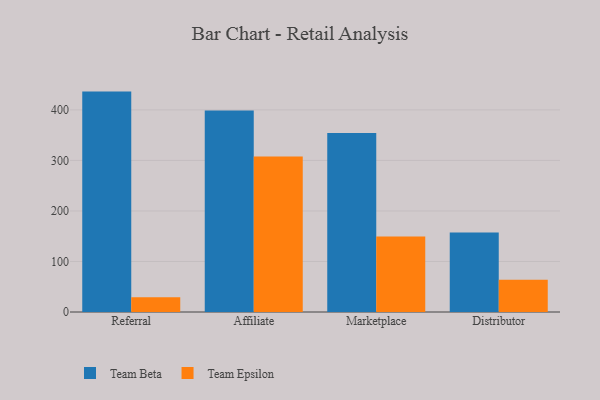
{"axis": {"x": "Channel", "y": "LTV (USD)"}, "legend": ["Team Beta", "Team Epsilon"], "data": [{"x": "Referral", "y": 436.2, "type": "Team Beta"}, {"x": "Referral", "y": 29.0, "type": "Team Epsilon"}, {"x": "Affiliate", "y": 398.8, "type": "Team Beta"}, {"x": "Affiliate", "y": 307.7, "type": "Team Epsilon"}, {"x": "Marketplace", "y": 354.5, "type": "Team Beta"}, {"x": "Marketplace", "y": 149.2, "type": "Team Epsilon"}, {"x": "Distributor", "y": 157.4, "type": "Team Beta"}, {"x": "Distributor", "y": 63.7, "type": "Team Epsilon"}]}